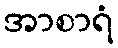
အာစာရံ